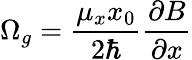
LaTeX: \Omega_{g}=\frac{\mu_{x}x_{0}}{2\hbar}\frac{\partial B}{\partial x}